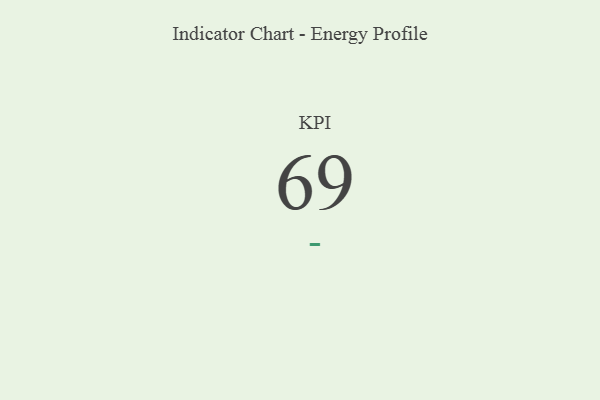
{"axis": {"x": "KPI", "y": "Value"}, "legend": [""], "data": [{"x": "KPI", "y": 69, "type": ""}]}